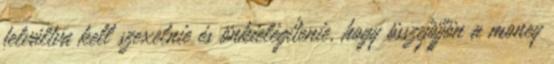
felváltva kell szexelnie és önkielégítenie, hogy összejöjjön a money